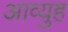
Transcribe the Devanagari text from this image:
आव्युह